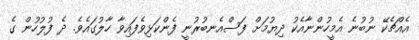
އެއްޗެކޭ ނުބުނެ އެމީހުންނާއެކު ދިޔުމަށް ފަސްއެނބުރުނީ ފެންކަޅިވެފައިވާ ހާލުގައެވެ. ދެ ފުލުހުން ގެ